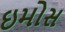
ઇમોસ